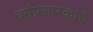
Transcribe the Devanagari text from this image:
धर्मप्रसारकांचे